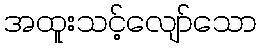
အထူးသင့်လျော်သော